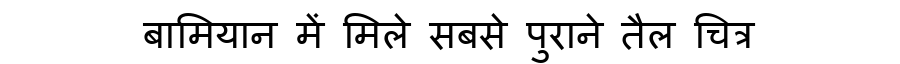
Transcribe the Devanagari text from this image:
बामियान में मिले सबसे पुराने तैल चित्र